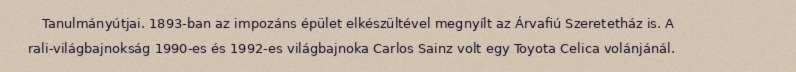
Tanulmányútjai. 1893-ban az impozáns épület elkészültével megnyílt az Árvafiú Szeretetház is. A rali-világbajnokság 1990-es és 1992-es világbajnoka Carlos Sainz volt egy Toyota Celica volánjánál.